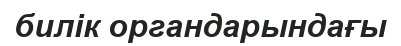
билік органдарындағы